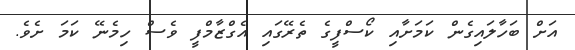
އަށް ބަހާލައިގެން ކަމަށާއި ކޯސްފީގެ ތެރޭގައި އެގްޒާމްފީ ވެސް ހިމެނޭ ކަމަ ށެވެ.